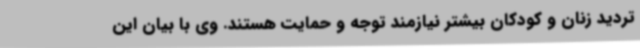
تردید زنان و کودکان بیشتر نیازمند توجه و حمایت هستند. وی با بیان این